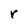
Character: r